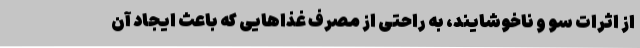
از اثرات سو و ناخوشایند، به راحتی از مصرف غذاهایی که باعث ایجاد آن